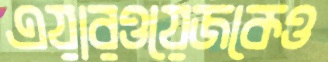
এয়ারওয়েজকেও